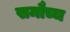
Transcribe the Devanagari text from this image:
समौच्च